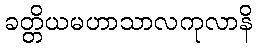
ခတ္တိယမဟာသာလကုလာနိ